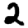
Digit: 2